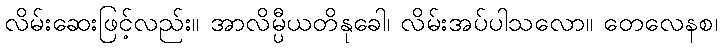
လိမ်းဆေးဖြင့်လည်း။ အာလိမ္ပီယတိနုခေါ၊ လိမ်းအပ်ပါသလော။ တေလေနစ၊